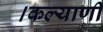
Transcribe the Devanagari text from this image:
।कल्याणी